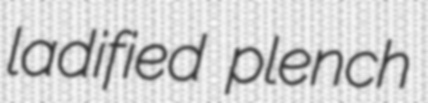
ladified plench